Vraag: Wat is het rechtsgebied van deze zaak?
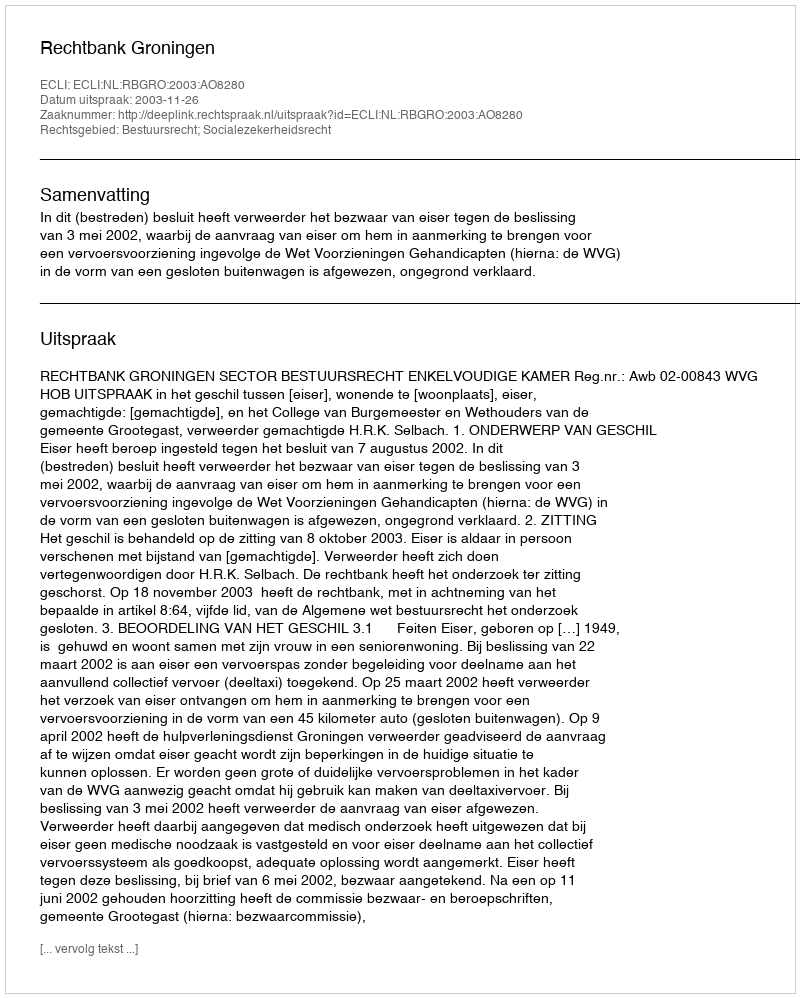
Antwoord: Bestuursrecht; Socialezekerheidsrecht